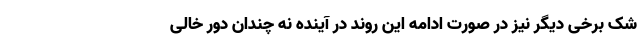
شک برخی دیگر نیز در صورت ادامه این روند در آینده نه چندان دور خالی